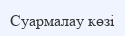
Суармалау көзі